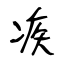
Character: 疾